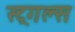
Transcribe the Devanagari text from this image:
स्ट्रगल्स